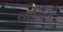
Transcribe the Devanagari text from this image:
वानिंग